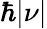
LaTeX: \hbar|\nu|